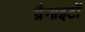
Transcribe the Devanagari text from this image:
ग्रैनाइटों